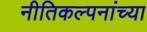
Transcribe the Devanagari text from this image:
नीतिकल्पनांच्या